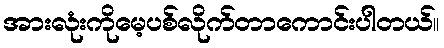
အားလုံးကိုမေ့ပစ်လိုက်တာကောင်းပါတယ်။